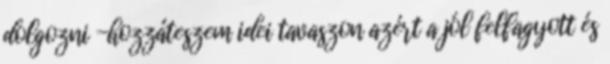
dolgozni -hozzáteszem idei tavaszon azért a jól felfagyott és